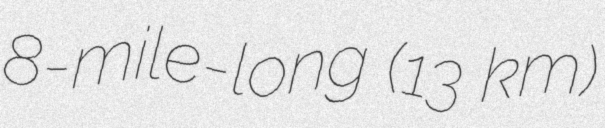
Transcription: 8-mile-long (13 km)